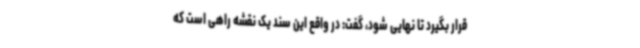
قرار بگیرد تا نهایی شود، گفت: در واقع این سند یک نقشه راهی است که